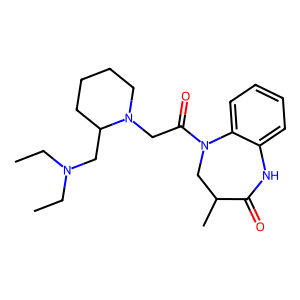
SMILES: CCN(CC)CC1CCCCN1CC(=O)N1CC(C)C(=O)Nc2ccccc21
Inhibits HIV replication: Yes